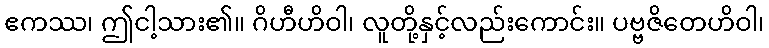
ဧကဿ၊ ဤငါ့သား၏။ ဂိဟီဟိဝါ၊ လူတို့နှင့်လည်းကောင်း။ ပဗ္ဗဇိတေဟိဝါ၊